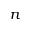
n